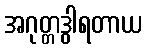
အဂုတ္တဒွါရတာယ